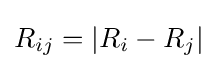
R_{ij}=|R_{i}-R_{j}|